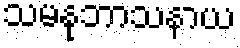
သမနုဘာသနာယ